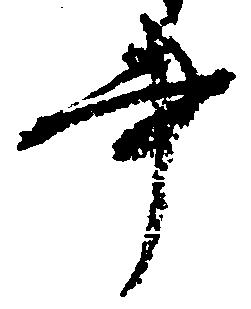
書